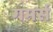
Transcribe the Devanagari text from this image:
गमर्स